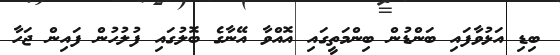
ބިޑި އަޅުވާފައި ބަންޑުން ބިންމަތީގައި އޮއްވާ އޭނާގެ ބޮލުގައި ފުލުހުން ފައިން ޖަހާ